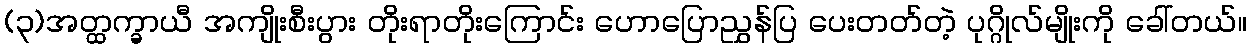
(၃)အတ္ထက္ခာယီ အကျိုးစီးပွား တိုးရာတိုးကြောင်း ဟောပြောညွှန်ပြ ပေးတတ်တဲ့ ပုဂ္ဂိုလ်မျိုးကို ခေါ်တယ်။